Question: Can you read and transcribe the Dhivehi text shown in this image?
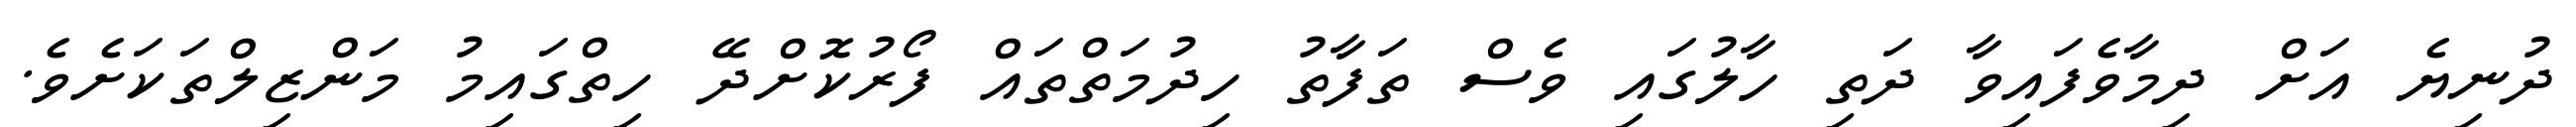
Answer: ދުނިޔެ އަށް ދިމާވެފައިވާ ދަތި ހާލުގައި ވެސް ތަފާތު ހިދުމަތްތައް ފޯރުކޮށްދޭ ހިތްގައިމު މަންޒިލްތަކަށެވެ.